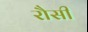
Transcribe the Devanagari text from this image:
रौसी